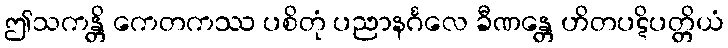
ဤသကန္တိ ကေတကဿ ပစိတုံ ပညာနင်္ဂလေ ခီဏန္တေ ဟိတပဋိပတ္တိယံ